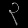
Digit: ၃